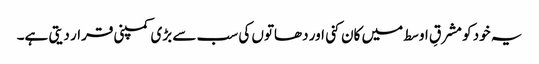
یہ خود کو مشرقِ اوسط میں کان کنی اور دھاتوں کی سب سے بڑی کمپنی قرار دیتی ہے۔